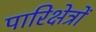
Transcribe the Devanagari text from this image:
पारिक्षेत्रों